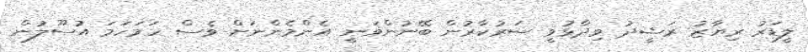
ލީޑަރު ރިޔާޒު ރަޝީދު ވިދާޅުވީ ސަރުކާރުން ބޭނުންވަނީ އެންމެންނަށް ވެސް ހަމަހަމަ އުސޫލުން